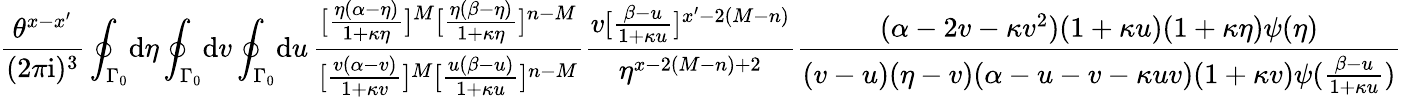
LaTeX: \frac{\theta^{x-x^{\prime}}}{(2\pi\mathrm{i})^{3}}\oint_{\Gamma_{0}}\! \mathrm{d}\eta\oint_{\Gamma_{0}}\! \mathrm{d}v\oint_{\Gamma_{0}}\! \mathrm{d}u\, \frac{[\frac{\eta(\alpha-\eta)}{1+\kappa\eta}]^{M}[\frac{\eta(\beta-\eta)}{1+\kappa\eta}]^{n-M}}{[\frac{v(\alpha-v)}{1+\kappa v}]^{M}[\frac{u(\beta-u)}{1+\kappa u}]^{n-M}}\frac{v[\frac{\beta-u}{1+\kappa u}]^{x^{\prime}-2(M-n)}}{\eta^{x-2(M-n)+2}}\frac{(\alpha-2v-\kappa v^{2})(1+\kappa u)(1+\kappa\eta)\psi(\eta)}{(v-u)(\eta-v)(\alpha-u-v-\kappa uv)(1+\kappa v)\psi(\frac{\beta-u}{1+\kappa u})}